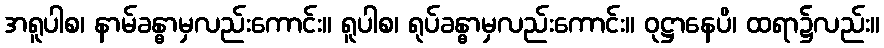
အရူပါစ၊ နာမ်ခန္ဓာမှလည်းကောင်း။ ရူပါစ၊ ရုပ်ခန္ဓာမှလည်းကောင်း။ ဝုဋ္ဌာနေပိ၊ ထရာ၌လည်း။